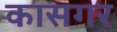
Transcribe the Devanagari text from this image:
कासगर